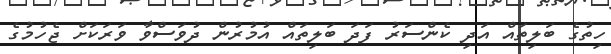
ހިތުގެ ބަލިތައް އަދި ކެންސަރު ފަދަ ބަލިތައް އުމުރުން ދުވަސްވާ ވަރަކަށް ޖެހުމުގެ